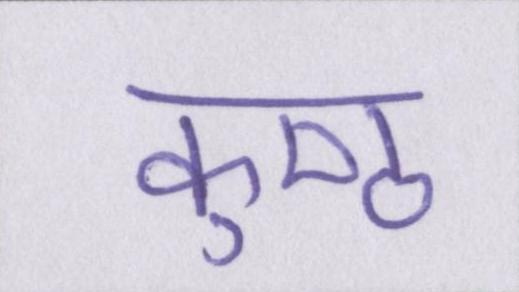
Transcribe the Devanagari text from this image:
कुष्ठ